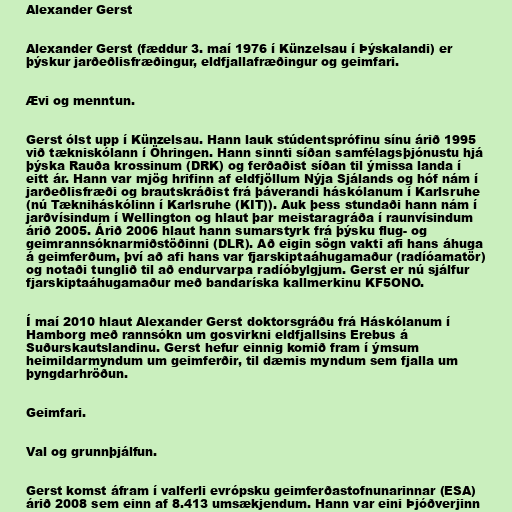
Alexander Gerst

Alexander Gerst (fæddur 3. maí 1976 í Künzelsau í Þýskalandi) er
þýskur jarðeðlisfræðingur, eldfjallafræðingur og geimfari.

Ævi og menntun.

Gerst ólst upp í Künzelsau. Hann lauk stúdentsprófinu sínu árið 1995
við tækniskólann í Öhringen. Hann sinnti síðan samfélagsþjónustu hjá
þýska Rauða krossinum (DRK) og ferðaðist síðan til ýmissa landa í
eitt ár. Hann var mjög hrifinn af eldfjöllum Nýja Sjálands og hóf nám í
jarðeðlisfræði og brautskráðist frá þáverandi háskólanum í Karlsruhe
(nú Tækniháskólinn í Karlsruhe (KIT)). Auk þess stundaði hann nám í
jarðvísindum í Wellington og hlaut þar meistaragráða í raunvísindum
árið 2005. Árið 2006 hlaut hann sumarstyrk frá þýsku flug- og
geimrannsóknarmiðstöðinni (DLR). Að eigin sögn vakti afi hans áhuga
á geimferðum, því að afi hans var fjarskiptaáhugamaður (radíóamatör)
og notaði tunglið til að endurvarpa radíóbylgjum. Gerst er nú sjálfur
fjarskiptaáhugamaður með bandaríska kallmerkinu KF5ONO.

Í maí 2010 hlaut Alexander Gerst doktorsgráðu frá Háskólanum í
Hamborg með rannsókn um gosvirkni eldfjallsins Erebus á
Suðurskautslandinu. Gerst hefur einnig komið fram í ýmsum
heimildarmyndum um geimferðir, til dæmis myndum sem fjalla um
þyngdarhröðun.

Geimfari.

Val og grunnþjálfun.

Gerst komst áfram í valferli evrópsku geimferðastofnunarinnar (ESA)
árið 2008 sem einn af 8.413 umsækjendum. Hann var eini Þjóðverjinn